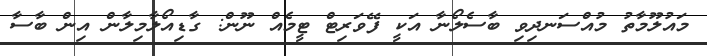
މައުލޫމާތު މުއްސަނދިވި ބާސެލޯނާ އަކީ ފޭވަރިޓް ޓީމެއް ނޫން: ގާޑިއޯލާމިލާން އިން ބާސާ